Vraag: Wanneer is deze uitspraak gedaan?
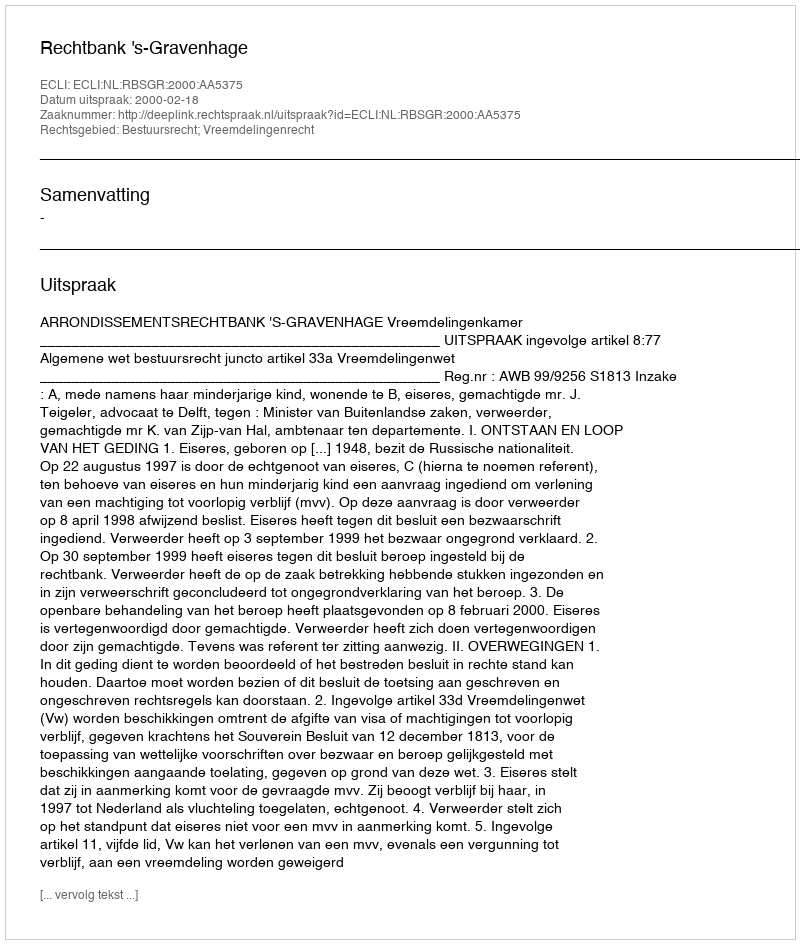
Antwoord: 2000-02-18